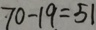
7 0 - 1 9 = 5 1